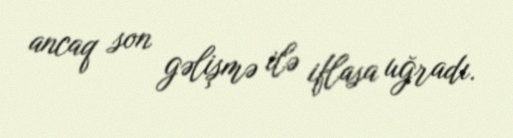
ancaq son gəlişmə ilə iflasa uğradı.